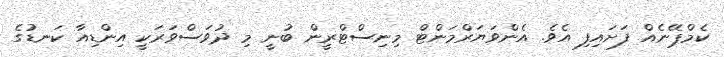
ކެމްޕޭނެއް ފަށައިފި އެވެ. އެންވަޔަރްމަންޓް މިނިސްޓްރީން ބުނީ މި ދުވަސްވަރަކީ އިންޑިއާ ކަނޑުގެ